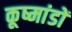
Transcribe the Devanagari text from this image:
कूष्मांडों